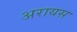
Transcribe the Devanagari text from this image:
अरायस